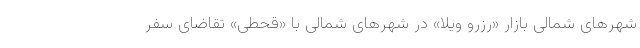
شهرهای شمالی بازار «رزرو ویلا» در شهرهای شمالی با «قحطی» تقاضای سفر